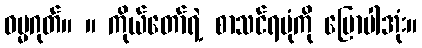
ဓမ္မဂုတ်။ ။ ကိုယ်တော်ရဲ့ စာသင်ရပုံကို ပြောပါအုံး။